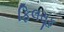
ફિલસૂફ